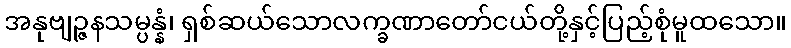
အနုဗျဉ္ဇနသမ္ပန္နံ၊ ရှစ်ဆယ်သောလက္ခဏာတော်ငယ်တို့နှင့်ပြည့်စုံမူထသော။